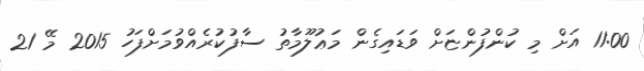
11:00 އަށް މި ކުންފުންޏަށް ވަޑައިގެން މަޢުލޫމާތު ސާފުކުރެއްވުމަށްފަހު 2015 މޭ 21